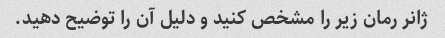
ژانر رمان زیر را مشخص کنید و دلیل آن را توضیح دهید.